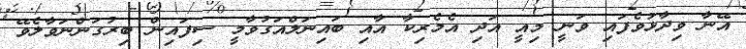
އޭނާ ވިދާޅުވެފައި ވަނީ މިއީ އަދި އެމެރިކާ އާއި ބައިނަލްއަގުވާމީ ސިފައިން ބިރުގަންނަވާލެވޭ